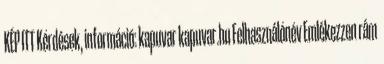
KÉP ITT Kérdések, információ: kapuvar kapuvar.hu Felhasználónév Emlékezzen rám